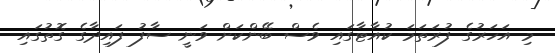
މި އަހަރުގެ ފުރަތަމަ ކުއާޓާގައި ވެސް ބޭންކަށް ވަނީ ސާފު ފައިދާގެ ގޮތުގައި